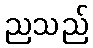
ညသည်